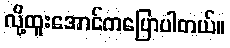
လို့ထူးအောင်ကပြောပါတယ်။